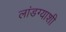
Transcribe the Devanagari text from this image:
लांडग्याशी